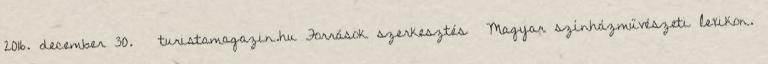
2016. december 30. ↑ turistamagazin.hu Források szerkesztés Magyar színházművészeti lexikon.